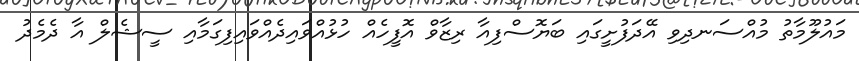
މައުލޫމާތު މުއްސަނދިވި އޭދަފުށީގައި ބަޔޮސްފިއާ ރިޒާވް އޮފީހެއް ހުޅުއްވައިދެއްވައިފިގަމާއި ސީޝެލް އާ ދެމެދު